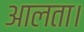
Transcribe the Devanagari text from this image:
आलता।